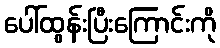
ပေါ်ထွန်းပြီးကြောင်းကို